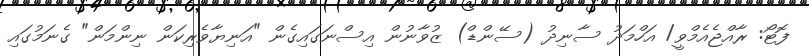
ފޮޓޯ: ރާއްޖެއެމްވީ/ އަހްމަދު ސާނިދު (ސޭންޑް) ޒުވާނުން އިސްނަގައިގެން "އަނިޔާވެރިކަން ނިންމަން" ގެނަމުގައި